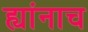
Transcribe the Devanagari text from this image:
ह्यांनाच